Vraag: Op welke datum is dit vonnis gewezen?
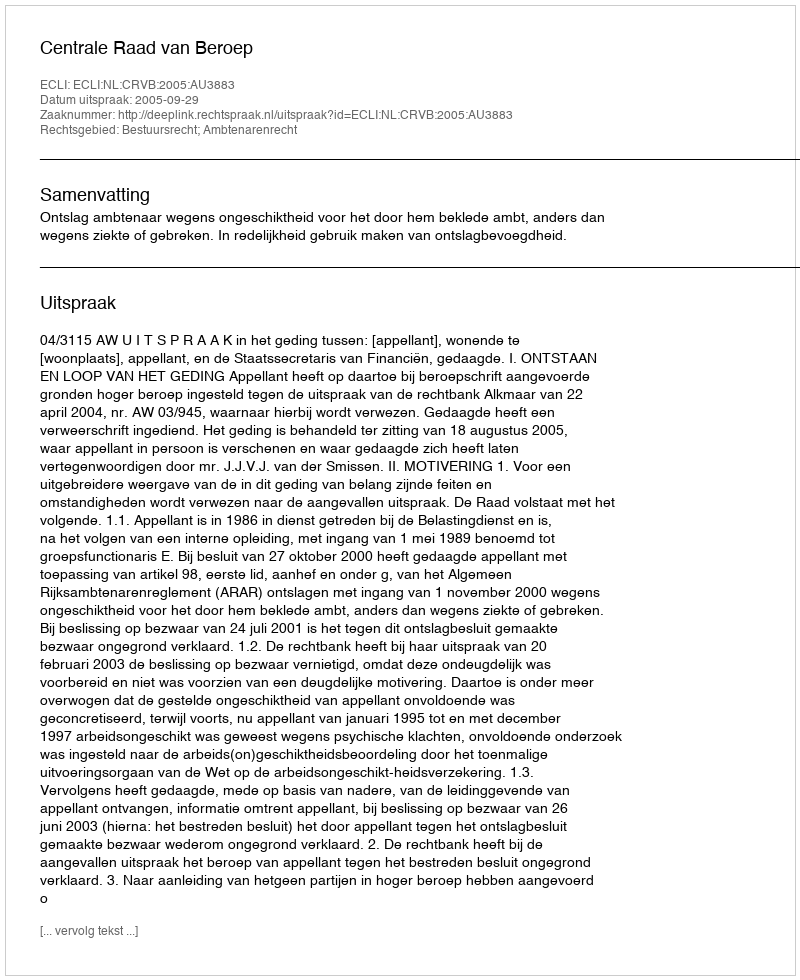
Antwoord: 2005-09-29